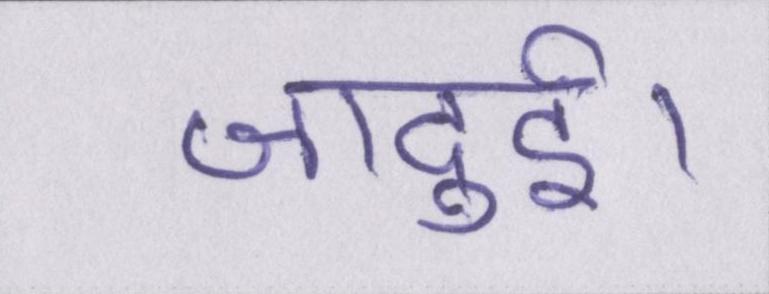
जादुई।